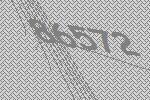
86572